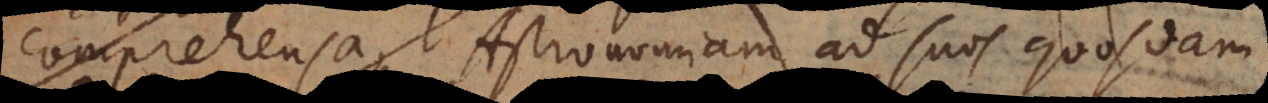
comprehensa, Astronomiam ad suos quosdam